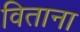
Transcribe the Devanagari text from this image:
विताना